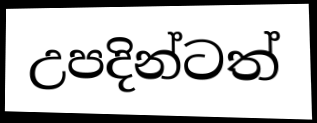
උපදින්ටත්